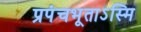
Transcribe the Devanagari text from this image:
प्रपंचभूताऽस्मि